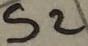
Text: S2